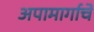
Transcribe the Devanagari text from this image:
अपामार्गाचे